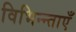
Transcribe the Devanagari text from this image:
विभिन्न्ताएँ